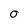
Character: O